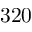
3 2 0